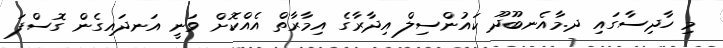
މި ހާދިސާގައި ދ.މާއެނބޫދޫ ކައުންސިލް އިދާރާގެ އިމާރާތް އެއްކޮށް ވަނީ އަނދައިގެން ގޮސްފަ